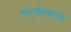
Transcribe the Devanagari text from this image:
संयुक्तीकपणे